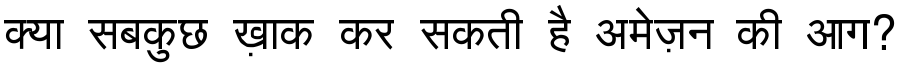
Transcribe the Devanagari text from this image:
क्या सबकुछ ख़ाक कर सकती है अमेज़न की आग?